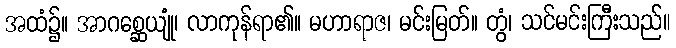
အထံ၌။ အာဂစ္ဆေယျုံ၊ လာကုန်ရာ၏။ မဟာရာဇ၊ မင်းမြတ်။ တွံ၊ သင်မင်းကြီးသည်။